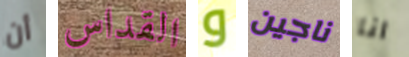
أن القداس و ناجين انا